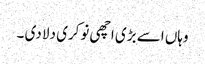
وہاں اسے بڑی اچھی نوکری دلا دی ۔